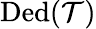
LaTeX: \operatorname{Ded}({\mathcal{T}})